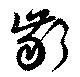
齗